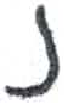
אות: נ